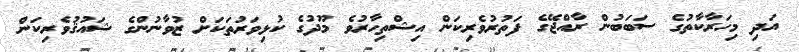
އަދި މިހަރާކާތުގެ ސަބަބުން ރާއްޖޭގެ ފަތުރުވެރިކަން އިޝްތިހާރުވެ މޫދުގެ ކުޅިވަރުތަކަށް ޒުވާނުންގެ ޝައުޤުވެރިކަން